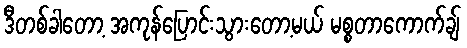
ဒီတစ်ခါတော့ အကုန်ပြောင်းသွားတော့မယ် မစ္စတာကောက်ချ်